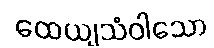
ထေယျသံဝါသော